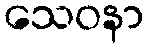
သေဝနာ